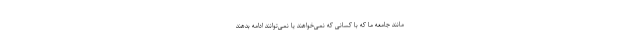
مانند جامعهٔ ما که با کسانی که نمی‌خواهند یا نمی‌توانند ادامه بدهند